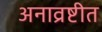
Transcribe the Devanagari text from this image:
अनाव्रष्टीत